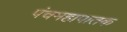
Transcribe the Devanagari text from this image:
पंचमहापातक